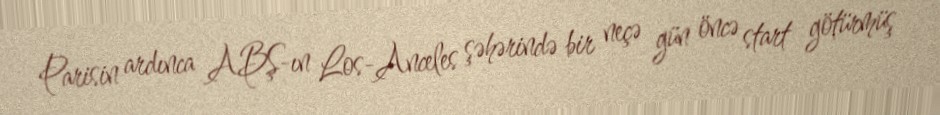
Parisin ardınca ABŞ-ın Los-Anceles şəhərində bir neçə gün öncə start götürmüş